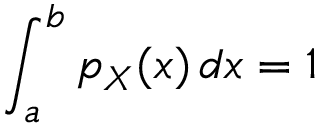
\int _ { a } ^ { b } p _ { X } ( x ) \, d x = 1